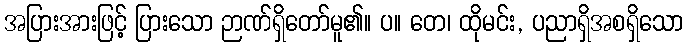
အပြားအားဖြင့် ပြားသော ဉာဏ်ရှိတော်မူ၏။ ပ။ တေ၊ ထိုမင်း, ပညာရှိအစရှိသော